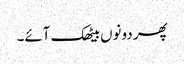
پھر دونوں بیٹھک آئے۔